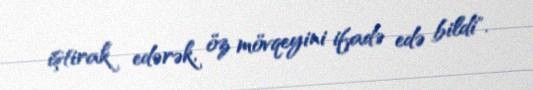
iştirak edərək, öz mövqeyini ifadə edə bildi".